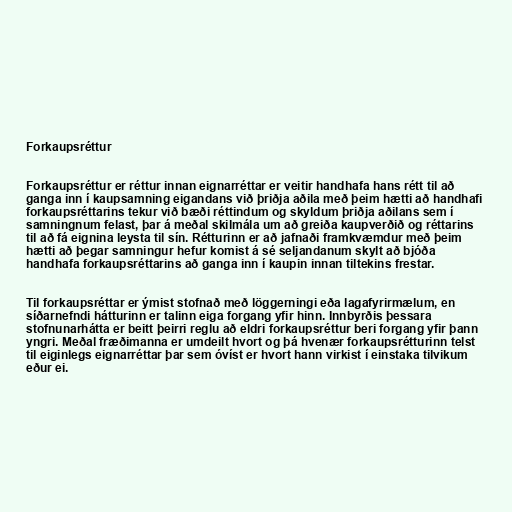
Forkaupsréttur

Forkaupsréttur er réttur innan eignarréttar er veitir handhafa hans rétt til að
ganga inn í kaupsamning eigandans við þriðja aðila með þeim hætti að handhafi
forkaupsréttarins tekur við bæði réttindum og skyldum þriðja aðilans sem í
samningnum felast, þar á meðal skilmála um að greiða kaupverðið og réttarins
til að fá eignina leysta til sín. Rétturinn er að jafnaði framkvæmdur með þeim
hætti að þegar samningur hefur komist á sé seljandanum skylt að bjóða
handhafa forkaupsréttarins að ganga inn í kaupin innan tiltekins frestar.

Til forkaupsréttar er ýmist stofnað með löggerningi eða lagafyrirmælum, en
síðarnefndi hátturinn er talinn eiga forgang yfir hinn. Innbyrðis þessara
stofnunarhátta er beitt þeirri reglu að eldri forkaupsréttur beri forgang yfir þann
yngri. Meðal fræðimanna er umdeilt hvort og þá hvenær forkaupsrétturinn telst
til eiginlegs eignarréttar þar sem óvíst er hvort hann virkist í einstaka tilvikum
eður ei.